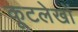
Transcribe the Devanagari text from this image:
कूटलेखों